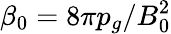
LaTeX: \beta_{0}=8\pi p_{g}/B_{0}^{2}